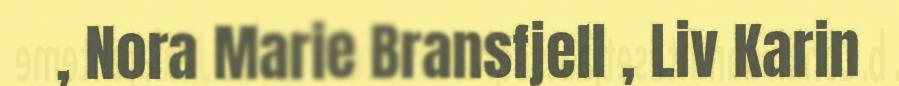
, Nora Marie Bransfjell , Liv Karin